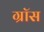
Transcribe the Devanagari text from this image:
ग्राॅस